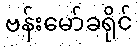
ဗန်းမော်ခရိုင်